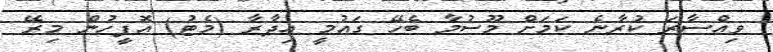
ވިއްސާރަ ކުރާނެ ކަމަށް މޫސުމާ ބެހޭ ގައުމީ އިދާރާ (މެޓު) އޮފީހުން މިރޭ